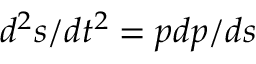
d ^ { 2 } s / d t ^ { 2 } = p d p / d s